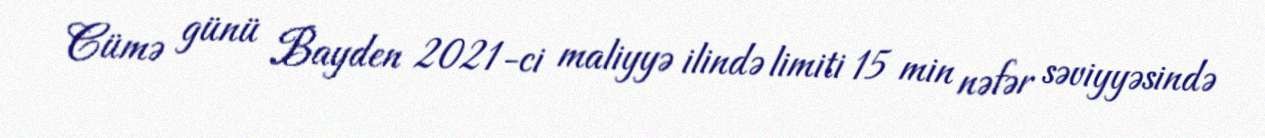
Cümə günü Bayden 2021-ci maliyyə ilində limiti 15 min nəfər səviyyəsində